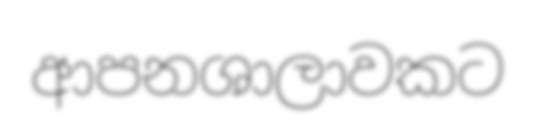
ආපනශාලාවකට